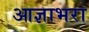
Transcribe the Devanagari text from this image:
आज्ञाभरा